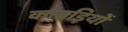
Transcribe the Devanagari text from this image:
कांवड़ियों